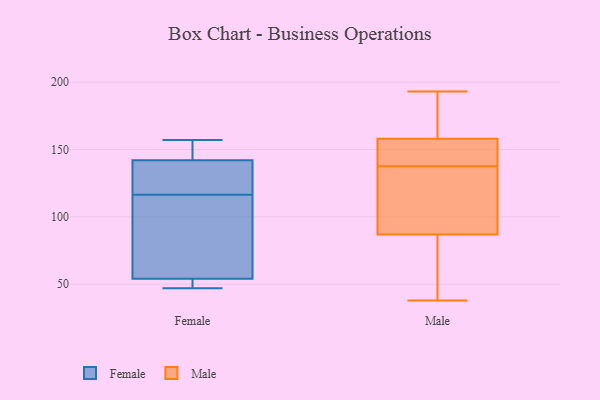
{"axis": {"x": "Churn Rate (%)", "y": "Value"}, "legend": ["Female", "Male"], "data": [{"x": "", "y": 107, "type": "Female"}, {"x": "", "y": 121, "type": "Female"}, {"x": "", "y": 49, "type": "Female"}, {"x": "", "y": 112, "type": "Female"}, {"x": "", "y": 54, "type": "Female"}, {"x": "", "y": 157, "type": "Female"}, {"x": "", "y": 153, "type": "Female"}, {"x": "", "y": 47, "type": "Female"}, {"x": "", "y": 142, "type": "Female"}, {"x": "", "y": 137, "type": "Female"}, {"x": "", "y": 72, "type": "Male"}, {"x": "", "y": 56, "type": "Male"}, {"x": "", "y": 161, "type": "Male"}, {"x": "", "y": 193, "type": "Male"}, {"x": "", "y": 38, "type": "Male"}, {"x": "", "y": 87, "type": "Male"}, {"x": "", "y": 89, "type": "Male"}, {"x": "", "y": 190, "type": "Male"}, {"x": "", "y": 184, "type": "Male"}, {"x": "", "y": 112, "type": "Male"}, {"x": "", "y": 146, "type": "Male"}, {"x": "", "y": 158, "type": "Male"}, {"x": "", "y": 134, "type": "Male"}, {"x": "", "y": 146, "type": "Male"}, {"x": "", "y": 157, "type": "Male"}, {"x": "", "y": 141, "type": "Male"}, {"x": "", "y": 95, "type": "Male"}, {"x": "", "y": 66, "type": "Male"}]}